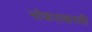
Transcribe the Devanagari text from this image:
नोकराकरवी